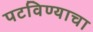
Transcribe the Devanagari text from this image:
पटविण्याचा